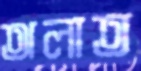
অলাত